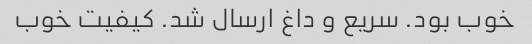
خوب بود. سریع و داغ ارسال شد. کیفیت خوب